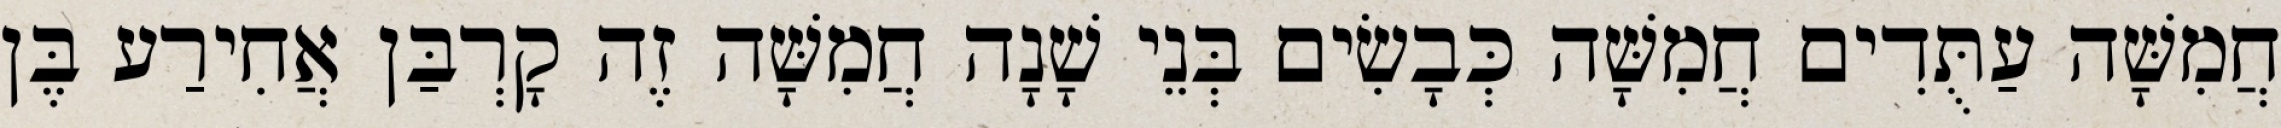
חֲמִשָּׁה עַתֻּדִים חֲמִשָּׁה כְּבָשִׂים בְּנֵי שָׁנָה חֲמִשָּׁה זֶה קָרְבַּן אֲחִירַע בֶּן